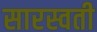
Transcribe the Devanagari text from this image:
सारस्वती